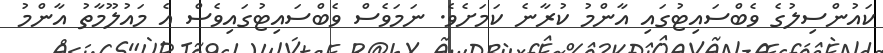
ކައުންސިލުގެ ވެބްސައިޓުގައި އާންމު ކުރާނެ ކަމަށެވެ. ނަމަވެސް ވެބްސައިޓުގައިވެސް އެ މައުލޫމާތު އާންމު